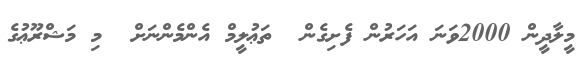
މީލާދީން 2000ވަނަ އަހަރުން ފެށިގެން  ތަޢުލީމް އެންމެންނަށް  މި މަޝްރޫޢުގެ